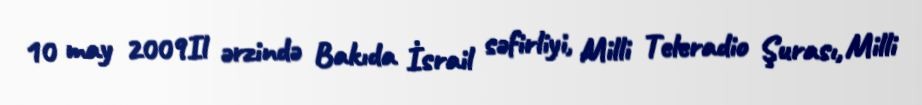
10 may 2009Il ərzində Bakıda İsrail səfirliyi, Milli Teleradio Şurası, Milli